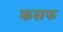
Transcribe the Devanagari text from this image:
कसफ